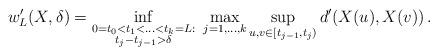
LaTeX: \begin{align*} w'_L(X,\delta)=\inf_{\substack{0=t_0<t_1<\ldots<t_k=L:\\t_j-t_{j-1}>\delta}}\,\,\max_{j=1,\ldots,k}\sup_{u,v\in [t_{j-1},t_j)}d'(X(u),X(v))\,.\end{align*}